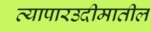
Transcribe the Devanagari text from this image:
व्यापारउदीमातील